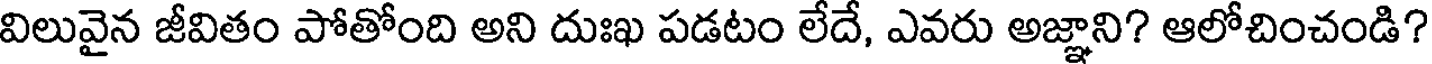
విలువైన జీవితం పోతోంది అని దుఃఖ పడటం లేదే, ఎవరు అజ్ఞాని? ఆలోచించండి?